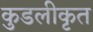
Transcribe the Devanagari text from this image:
कुडलीकृत